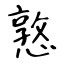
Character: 憝